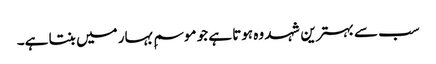
سب سے بہترین شہد وہ ہوتا ہے جو موسمِ بہار میں بنتا ہے۔